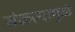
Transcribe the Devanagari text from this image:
संकल्पामुळे